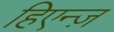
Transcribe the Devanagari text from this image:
हिएन्ज़